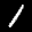
Label: 1